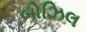
બોઝિલ